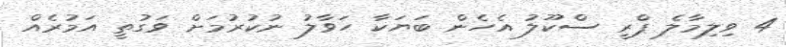
4 ވިލިމާލެ ޕްރީ ސްކޫލު އެހެން ބަޔަކާ ހަވާލު ނުކުރުމަށް ވަގުތީ އަމުރެއް